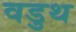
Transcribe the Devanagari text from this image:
वडुथ